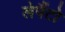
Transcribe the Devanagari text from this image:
लेपैंटो